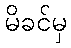
မိခင်မှ